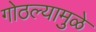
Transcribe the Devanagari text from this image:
गोठल्यामुळे